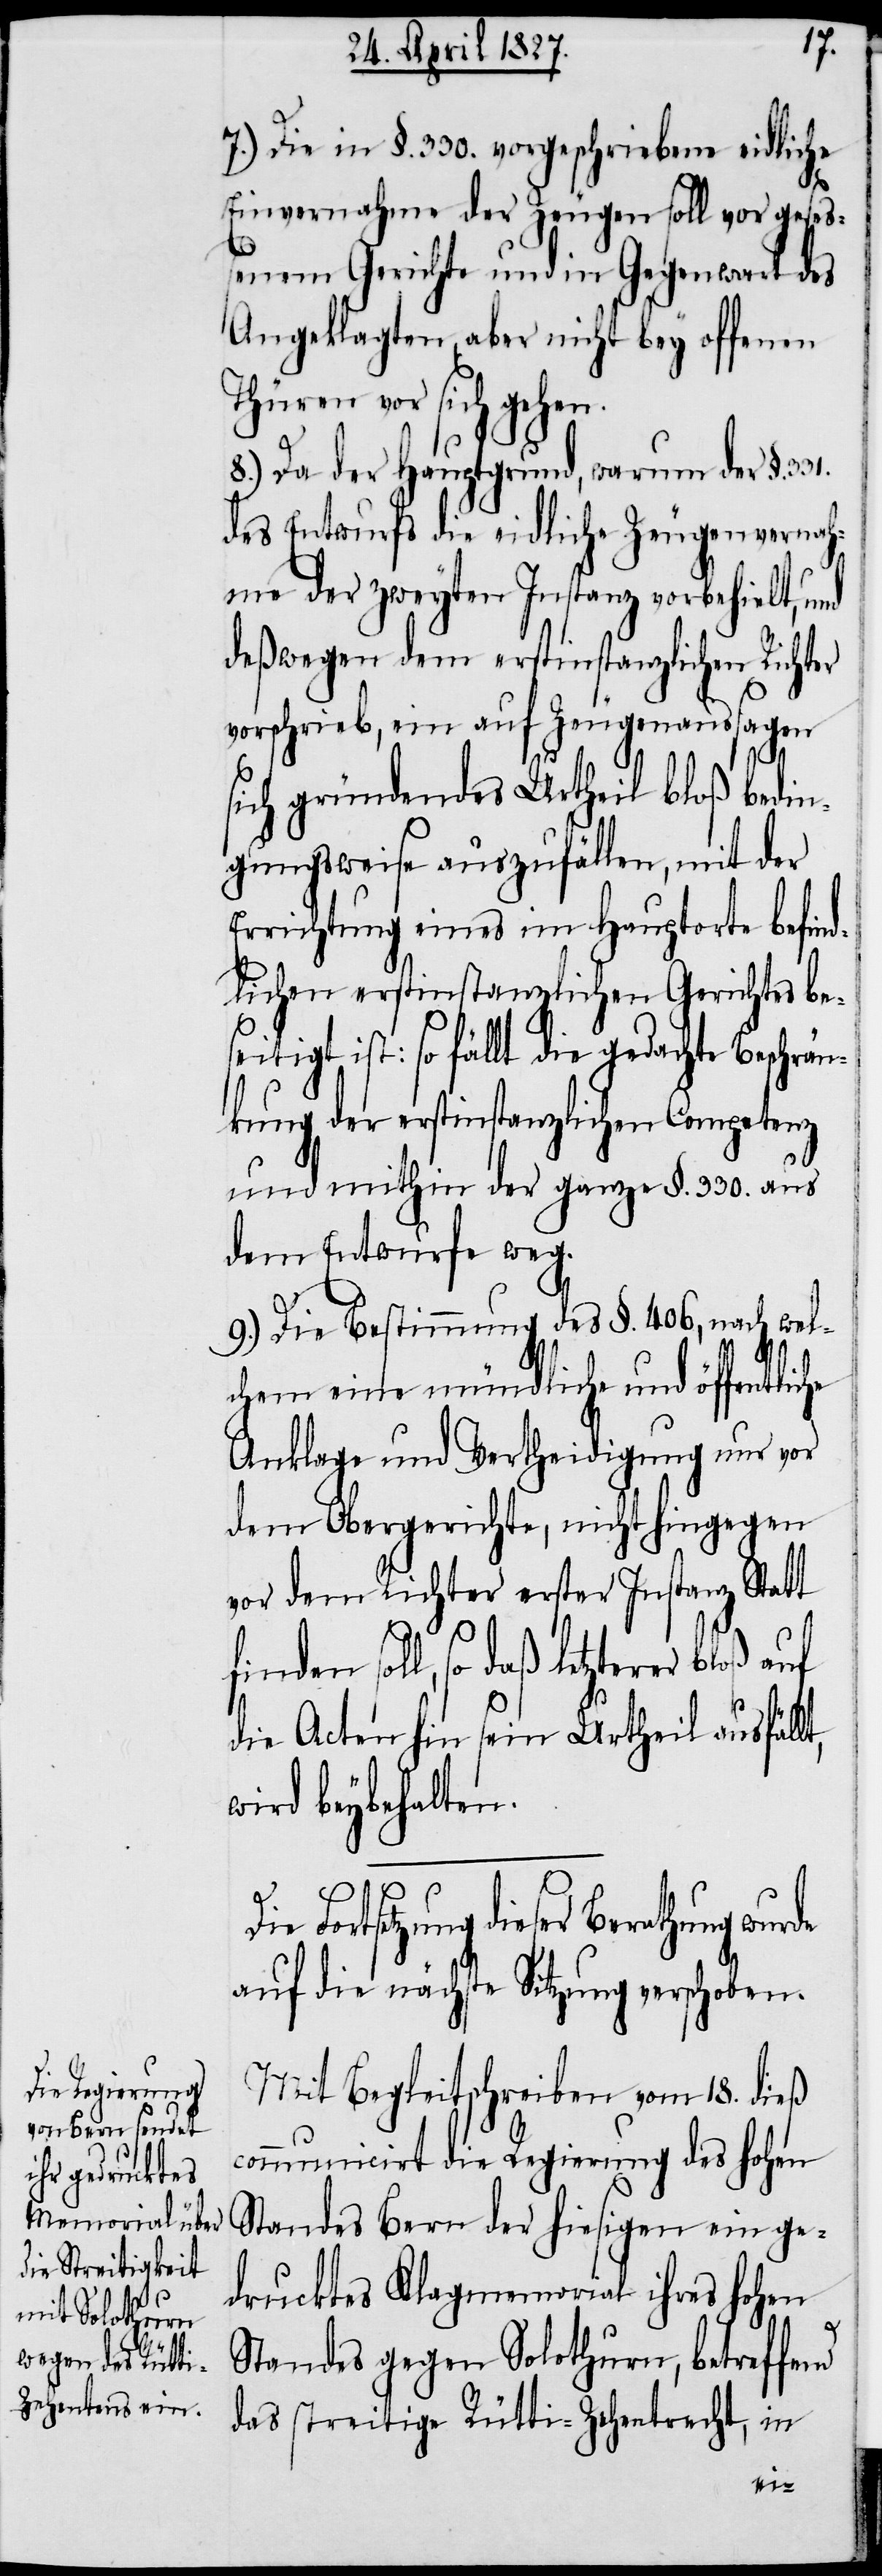
7.) Die in §. 330. vorgeschriebene eidliche
Einvernahme der Zeugen soll vor geseß¬
enem Gerichte und in Gegenwart des
Angeklagten, aber nicht bey offenen
Thüren vor sich gehen.
8.) Da der Hauptgrund, warum der §.
des Entwurfs die eidliche Zeugenvernah¬
me der zweyten Instanz vorbehielt, und
deßwegen dem erstinstanzlichen Richter
vorschrieb, ein auf Zeugenaussagen
sich gründendes Urtheil bloß bedin¬
gungsweise auszufällen, mit der
Errichtung eines im Hauptorte befin¬
dlichen erstinstanzlichen Gerichtes bes¬
eitigt ist: so fällt die gedachte Beschrä¬
nkung der erstinstanzlichen Competenz
und mithin der ganze §. 330. aus
dem Entwurfe weg.
9.) Die Bestimmung des §. 406, nach wel¬
chem eine mündliche und öffentliche
Anklage und Vertheidigung nur vor
dem Obergerichte, nicht hingegen
vor dem Richter erster Instanz Statt
finden soll, so daß letzterer bloß
die Acten hin sein Urtheil ausfällt,
wird beybehalten.
Fortsetzung dieser Berathung wurde
auf die nächste Sitzung verschoben.
Mit Begleitschreiben vom 18. dieß
communicirt die Regierung des Hohen
Standes Bern der hiesigen ein ge¬
drucktes Klagmemorial ihres Hohen
Standes gegen Solothurn, betreffend
das streitige Rütti-Zehentrecht, in